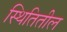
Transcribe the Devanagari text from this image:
स्थितितील